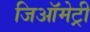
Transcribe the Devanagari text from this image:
जिऑमेट्री